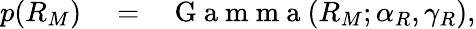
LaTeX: \begin{array}{rlr}{p(R_{M})}&{{}=}&{\mathrm{~G~a~m~m~a~}(R_{M};\alpha_{R},\gamma_{R}),}\end{array}